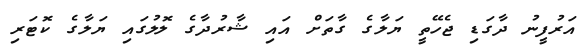
އަރުފީނު ދާގަޑި ޖެހޭތީ ޔަލާގެ ގާތަށް އައި ޝާރުދާގެ ލޮލުގައި ޔަލާގެ ކޮޓަރި